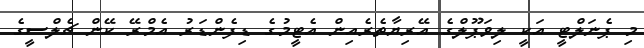
މި ޕެނަލްޓީ އަކީ ލިވަޕޫލްގެ އޭރިޔާތެރެއިން އެޓީމުގެ ޑިފެންޑަރު އެމްރޭ ކޭން ޗެލްސީގެ